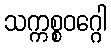
သက္ကစ္စဝဂ္ဂေါ